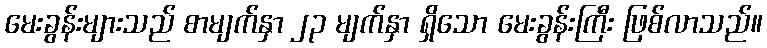
မေးခွန်းများသည် စာမျက်နှာ ၂၃ မျက်နှာ ရှိသော မေးခွန်းကြီး ဖြစ်လာသည်။